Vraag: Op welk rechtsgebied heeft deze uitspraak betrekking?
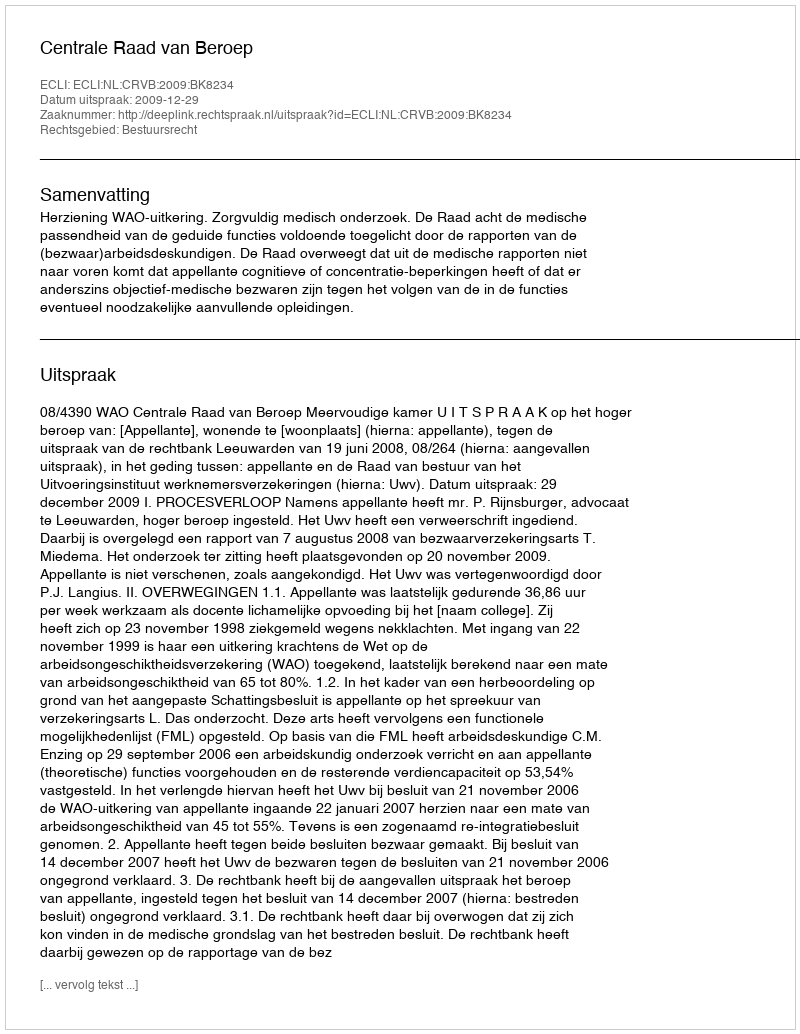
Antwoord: Bestuursrecht